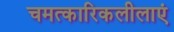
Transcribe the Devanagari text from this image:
चमत्कारिकलीलाएं